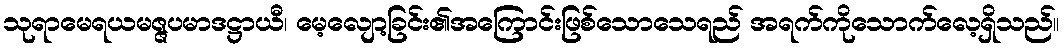
သုရာမေရယမဇ္ဇပမာဒဋ္ဌာယီ၊ မေ့လျော့ခြင်း၏အကြောင်းဖြစ်သောသေရည် အရက်ကိုသောက်လေ့ရှိသည်။